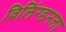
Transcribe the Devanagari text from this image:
विलिंग्डनला